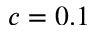
c = 0 . 1